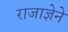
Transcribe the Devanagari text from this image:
राजाज्ञेने